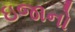
ઇજાનો